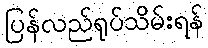
ပြန်လည်ရုပ်သိမ်းရန်